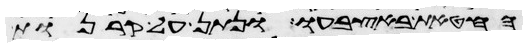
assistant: החטאת באצבעו ונתן על קרנות